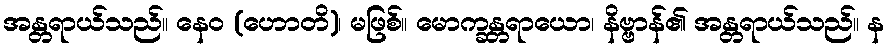
အန္တရာယ်သည်။ နေဝ (ဟောတိ)၊ မဖြစ်။ မောက္ခန္တရာယော၊ နိဗ္ဗာန်၏ အန္တရာယ်သည်။ န